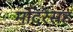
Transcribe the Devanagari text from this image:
मदिरेसह